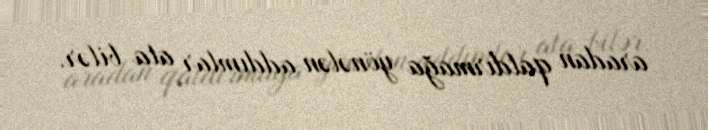
aradan qaldırmağa yönələn addımlar ata bilər.